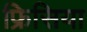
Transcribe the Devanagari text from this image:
फ्रिसिया